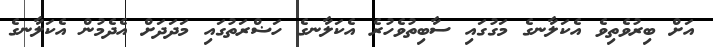
އަށް ބިރުވެތިވެ އެކަލާނގެ މަގުގައި ސާބިތުވެހުރެ އެކަލާނގެ ހަޟްރަތުގައި މަދަދަށް އެދެމުން އެކަލާނގެ